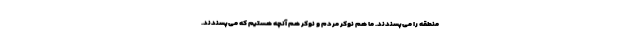
منطقه را می‌پسندند. ما هم نوکر مردم و نوکر هم آنچه هستیم که می‌پسندند.